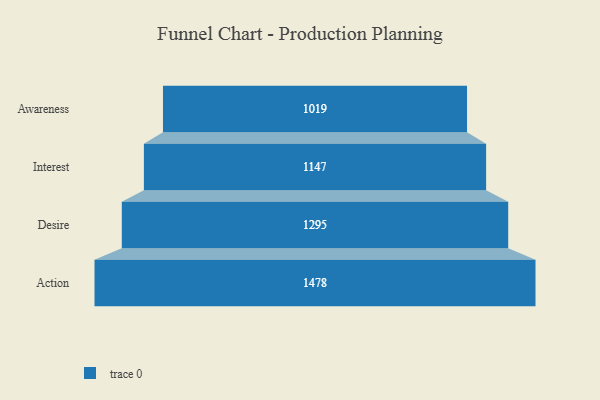
{"axis": {"x": "Stage", "y": "Value"}, "legend": [""], "data": [{"x": "Awareness", "y": 1019.0, "type": ""}, {"x": "Interest", "y": 1147.0, "type": ""}, {"x": "Desire", "y": 1295.0, "type": ""}, {"x": "Action", "y": 1478.0, "type": ""}]}